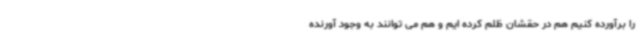
را برآورده کنیم هم در حقشان ظلم کرده ایم و هم می توانند به وجود آورنده